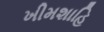
ખીમશાહિ